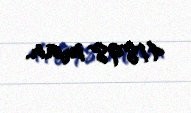
41898 man.